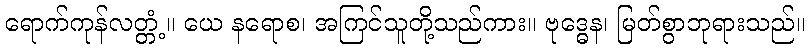
ရောက်ကုန်လတ္တံ့။ ယေ နရောစ၊ အကြင်သူတို့သည်ကား။ ဗုဒ္ဓေန၊ မြတ်စွာဘုရားသည်။